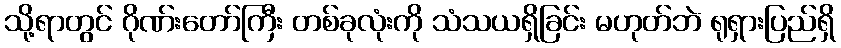
သို့ရာတွင် ဂိုဏ်းတော်ကြီး တစ်ခုလုံးကို သံသယရှိခြင်း မဟုတ်ဘဲ ရုရှားပြည်ရှိ